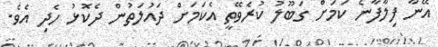
އޭނާ ފިލާފާނެ ކަމަށް ގަބޫލު ކުރެވޭތީ އެކަމަށް ދައުލަތުން ދެކޮޅު ހެދި އެވެ.